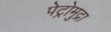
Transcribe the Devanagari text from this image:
पेट्रोमुद्रा